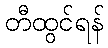
တီထွင်ရန်